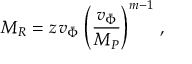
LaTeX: M _ { R } = z \, v _ { \bar { \Phi } } \, \left( \frac { v _ { \bar { \Phi } } } { M _ { P } } \right) ^ { m - 1 } \, ,